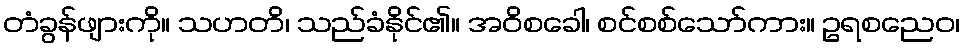
တံခွန်ဖျားကို။ သဟတိ၊ သည်ခံနိုင်၏။ အဝိစခေါ၊ စင်စစ်သော်ကား။ ဥရစညေဝ၊